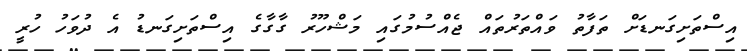
އިސްތަށިގަނޑަށް ތަފާތު ވައްތަރުތައް ޖެއްސުމުގައި މަޝްހޫރު ގާގާގެ އިސްތަށިގަނޑު އެ ދުވަހު ހުރީ